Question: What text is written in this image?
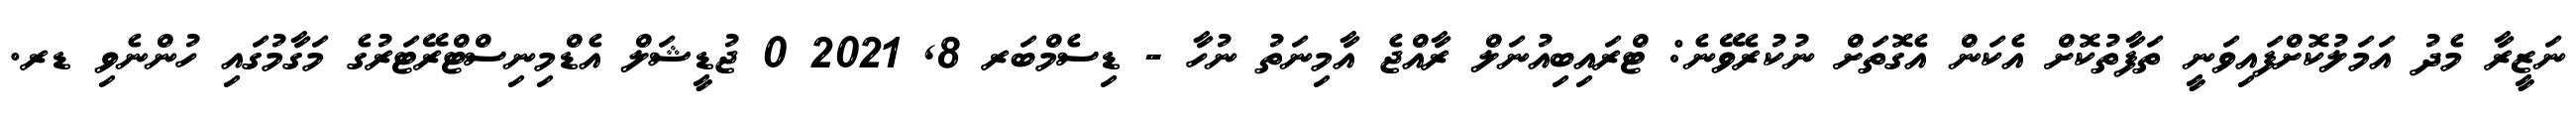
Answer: ނަޒީރާ މެދު އަމަލުކޮށްފައިވަނީ ތަފާތުކޮށް އެކަން އެގޮތަށް ނުކުރެވޭނެ: ޓްރައިބިއުނަލް ރާއްޖެ އާމިނަތު ނުހާ - ޑިސެމްބަރ 8, 2021 0 ޖުޑީޝަލް އެޑްމިނިސްޓްރޭޓަރުގެ މަގާމުގައި ހުންނެވި ޑރ.